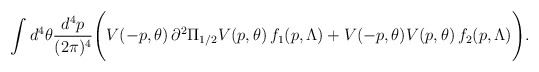
\begin{align*}\int d^4\theta \frac{d^4p}{(2\pi)^4}\Bigg(V(-p,\theta)\, \partial^2 \Pi_{1/2} V(p,\theta)\,f_1(p,\Lambda)+ V(-p,\theta) V(p,\theta)\,f_2(p,\Lambda) \Bigg).\end{align*}